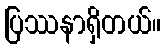
ပြဿနာရှိတယ်။